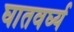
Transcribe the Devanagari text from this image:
घातवर्घ्य